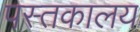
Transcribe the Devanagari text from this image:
पस्तकालय